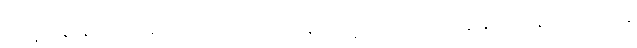
မိမိရဲ့ အနစ်နာခံ ပေးဆပ်စိတ်ကို သိသွားတာနဲ့ မိမိရဲ့ အဖွဲ့ဟာ လုပ်ငန်းခွင် အနေအထားကနေ